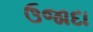
ઉજાદા